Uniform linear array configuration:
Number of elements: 8
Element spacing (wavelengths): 0.5
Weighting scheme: exponential
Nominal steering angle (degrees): -45
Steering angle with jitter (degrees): -44.147
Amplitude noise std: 0.05
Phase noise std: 0.05

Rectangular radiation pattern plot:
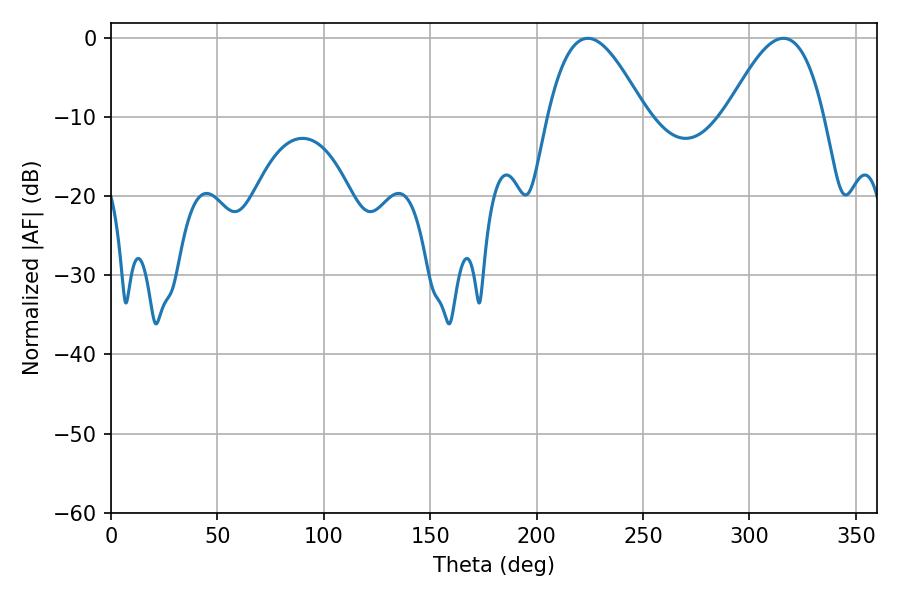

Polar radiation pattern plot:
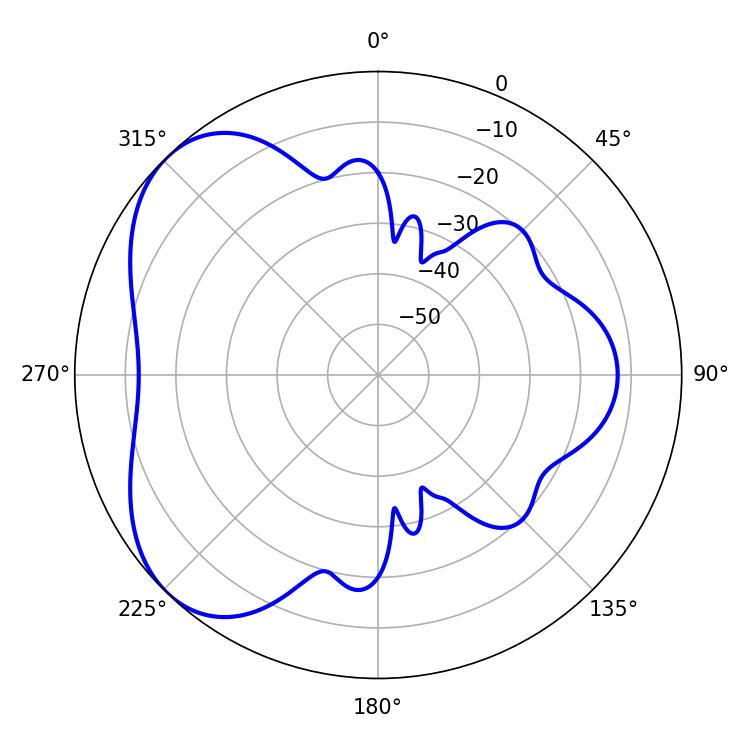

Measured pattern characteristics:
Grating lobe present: FALSE
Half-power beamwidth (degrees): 24.84
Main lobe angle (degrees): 224.1